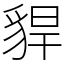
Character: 貋